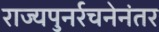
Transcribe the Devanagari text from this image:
राज्यपुनर्रचनेनंतर